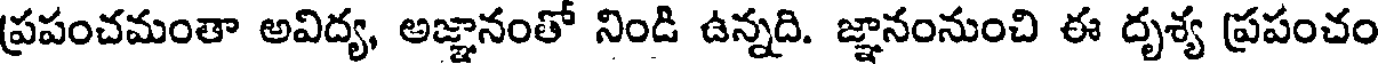
ప్రపంచమంతా అవిద్య, అజ్ఞానంతో నిండి ఉన్నది. జ్ఞానంనుంచి ఈ దృశ్య ప్రపంచం